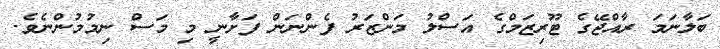
ބަލާނަމަ ރާއްޖޭގެ ޓޫރިޒަމްގެ އަސްލު މަންޒަރު ފެންނަން ފަށާނީ މި މަސް ނިމުމުންނެވެ.